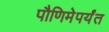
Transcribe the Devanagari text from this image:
पौणिमेपर्यंत